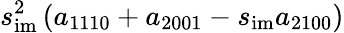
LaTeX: s_{\mathrm{im}}^{2}\left(a_{1110}+a_{2001}-s_{\mathrm{im}}a_{2100}\right)